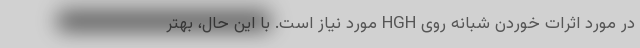
در مورد اثرات خوردن شبانه روی HGH مورد نیاز است. با این حال، بهتر